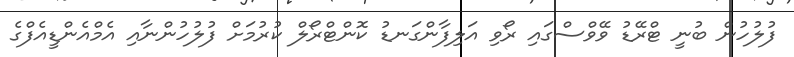
ފުލުހުން ބުނީ ޓްރޭޑު ވޭވްސްގައި ރޯވި އަލިފާންގަނޑު ކޮންޓްރޯލް ކުރުމަށް ފުލުހުންނާއި އެމްއެންޑީއެފްގެ